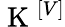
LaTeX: \mathrm{~K~}^{\left[V\right]}